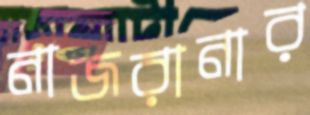
নাজরানার